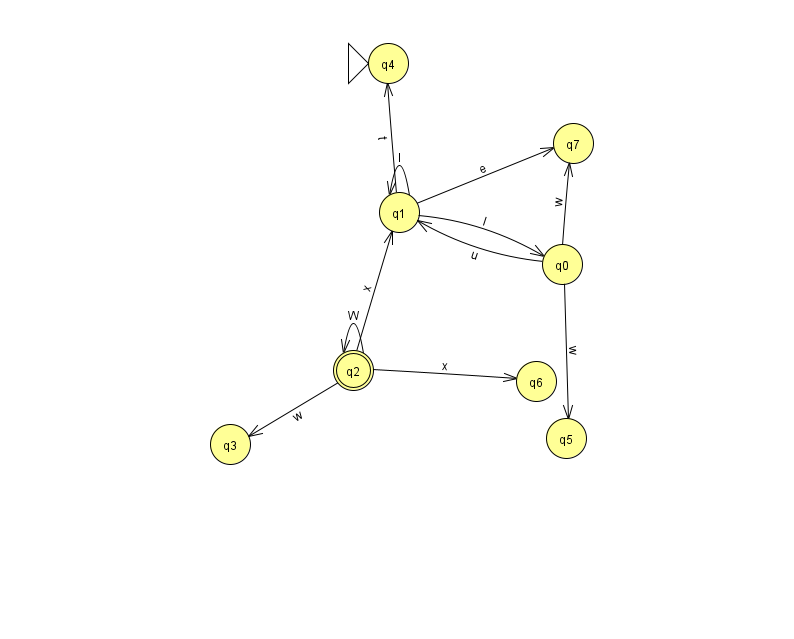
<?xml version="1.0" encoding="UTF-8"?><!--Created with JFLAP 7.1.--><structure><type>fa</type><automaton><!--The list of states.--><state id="0" name="q0"><x>562.0</x><y>251.0</y></state><state id="1" name="q1"><x>399.0</x><y>199.0</y></state><state id="2" name="q2"><x>353.0</x><y>357.0</y><final/></state><state id="3" name="q3"><x>230.0</x><y>431.0</y></state><state id="4" name="q4"><x>388.0</x><y>50.0</y><initial/></state><state id="5" name="q5"><x>566.0</x><y>425.0</y></state><state id="6" name="q6"><x>536.0</x><y>368.0</y></state><state id="7" name="q7"><x>573.0</x><y>130.0</y></state><!--The list of transitions.--><transition><from>2</from><to>6</to><read>x</read></transition><transition><from>0</from><to>1</to><read>u</read></transition><transition><from>0</from><to>7</to><read>w</read></transition><transition><from>2</from><to>3</to><read>w</read></transition><transition><from>1</from><to>4</to><read>t</read></transition><transition><from>0</from><to>5</to><read>w</read></transition><transition><from>1</from><to>7</to><read>e</read></transition><transition><from>2</from><to>2</to><read>W</read></transition><transition><from>1</from><to>1</to><read>I</read></transition><transition><from>1</from><to>0</to><read>I</read></transition><transition><from>2</from><to>1</to><read>x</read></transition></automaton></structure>